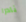
نادرا